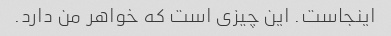
اینجاست. این چیزی است که خواهر من دارد.